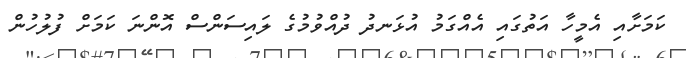
ކަމަށާއި އެމީހާ އަތުގައި އެއްގަމު އުޅަނދު ދުއްވުމުގެ ލައިސަންސް އޮންނަ ކަމަށް ފުލުހުން